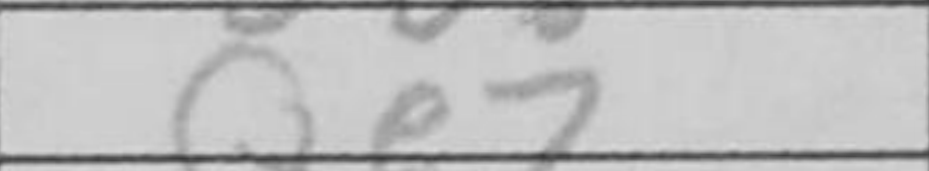
Transcription: Qe7